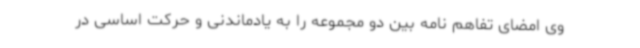
وی امضای تفاهم نامه بین دو مجموعه را به یادماندنی و حرکت اساسی در